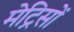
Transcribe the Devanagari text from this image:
मेट्रिसों